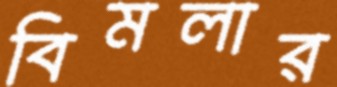
বিমলার